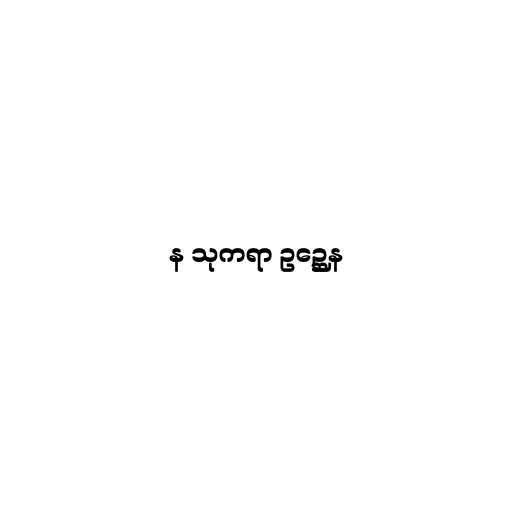
န သုကရာ ဥဉ္ဆေန